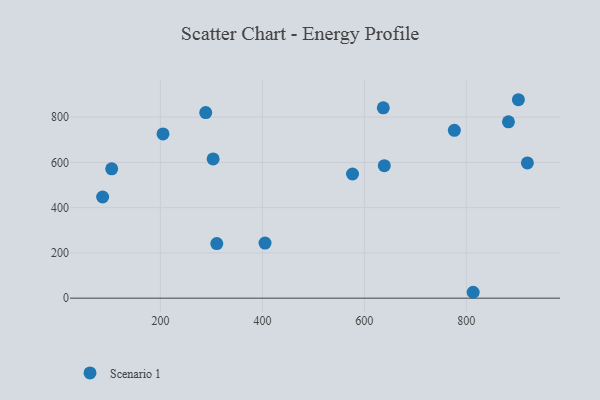
{"axis": {"x": "Speed", "y": "Yield"}, "legend": ["Scenario 1"], "data": [{"x": "813.4", "y": 26.0, "type": "Scenario 1"}, {"x": "310.6", "y": 241.4, "type": "Scenario 1"}, {"x": "205.1", "y": 725.6, "type": "Scenario 1"}, {"x": "405.2", "y": 243.4, "type": "Scenario 1"}, {"x": "288.9", "y": 820.1, "type": "Scenario 1"}, {"x": "639.1", "y": 585.5, "type": "Scenario 1"}, {"x": "882.6", "y": 779.1, "type": "Scenario 1"}, {"x": "902.1", "y": 876.8, "type": "Scenario 1"}, {"x": "104.5", "y": 571.3, "type": "Scenario 1"}, {"x": "776.5", "y": 741.4, "type": "Scenario 1"}, {"x": "86.7", "y": 446.9, "type": "Scenario 1"}, {"x": "303.4", "y": 615.4, "type": "Scenario 1"}, {"x": "576.8", "y": 548.5, "type": "Scenario 1"}, {"x": "919.7", "y": 597.5, "type": "Scenario 1"}, {"x": "637.1", "y": 841.0, "type": "Scenario 1"}]}